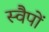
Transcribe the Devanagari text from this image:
स्वैपों